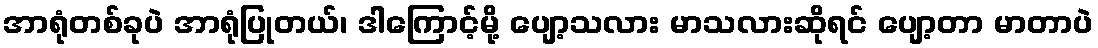
အာရုံတစ်ခုပဲ အာရုံပြုတယ်၊ ဒါကြောင့်မို့ ပျော့သလား မာသလားဆိုရင် ပျော့တာ မာတာပဲ